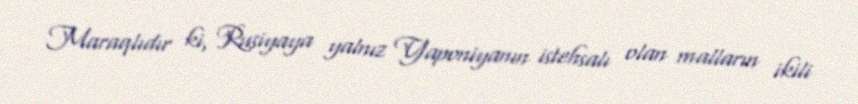
Maraqlıdır ki, Rusiyaya yalnız Yaponiyanın istehsalı olan malların ikili